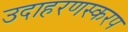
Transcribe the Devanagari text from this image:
उदाहरणस्करप